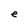
Character: e